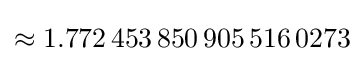
\approx 1.772\,453\,850\,905\,516\,0273